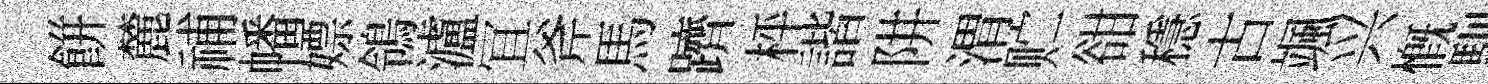
餅麓𥙷幡嫖鴒瀘冝斧馬躋枰諧阱渭贮𧮳穩古颯兴慨馴